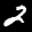
Label: 2